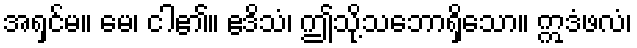
အရှင်မ။ မေ၊ ငါ၏။ ဧဒိသံ၊ ဤသို့သဘောရှိသော။ ဣဒံဖလံ၊